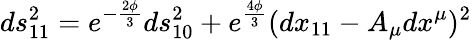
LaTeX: ds_{11}^{2}=e^{-{\frac{2\phi}{3}}}ds_{10}^{2}+e^{\frac{4\phi}{3}}(dx_{11}-A_{\mu}dx^{\mu})^{2}